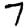
Digit: 7